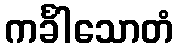
ကင်္ခါသောတံ